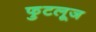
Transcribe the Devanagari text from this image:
फुटलूज